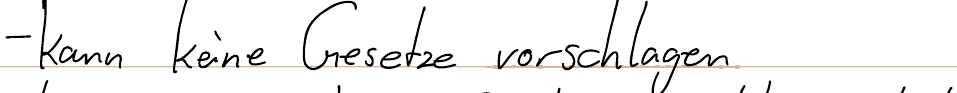
- kann keine Gesetze vorschlagen